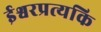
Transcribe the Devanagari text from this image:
ईश्वरप्रत्यकि